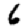
Digit: 6